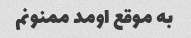
به موقع اومد ممنونم